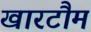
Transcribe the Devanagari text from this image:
खारटौम